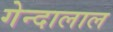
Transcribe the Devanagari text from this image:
गेन्दालाल